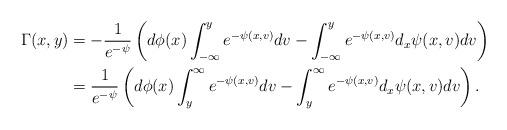
LaTeX: \begin{align*}\Gamma(x,y) &=-\frac{1}{e^{-{\psi}}} \left( d \phi(x) \int_{-\infty}^y e^{-{\psi(x,v) }}dv - \int_{-\infty}^y e^{-{\psi(x,v)}} d_x {\psi} (x,v) dv \right) \\&= \frac{1}{e^{-\psi}} \left( d \phi(x) \int_{y}^\infty e^{-{\psi(x,v) }}dv - \int_{y}^\infty e^{-{\psi(x,v)}} d_x {\psi} (x,v) dv \right) .\end{align*}